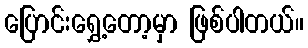
ပြောင်းရွှေ့တော့မှာ ဖြစ်ပါတယ်။